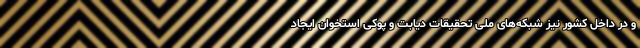
و در داخل کشور نیز شبکه‌های ملی تحقیقات دیابت و پوکی استخوان ایجاد